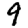
Digit: 9